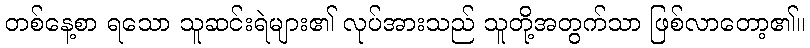
တစ်နေ့စာ ရသော သူဆင်းရဲများ၏ လုပ်အားသည် သူတို့အတွက်သာ ဖြစ်လာတော့၏။